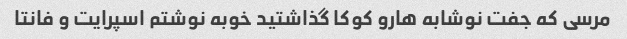
مرسی که جفت نوشابه هارو کوکا گذاشتید خوبه نوشتم اسپرایت و فانتا